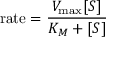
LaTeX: { \mathrm { r a t e } } = { \frac { V _ { \mathrm { m a x } } [ S ] } { K _ { M } + [ S ] } }